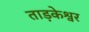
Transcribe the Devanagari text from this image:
ताड़केश्वर